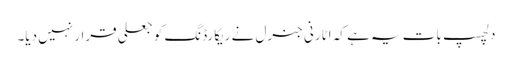
دلچسپ بات یہ ہے کہ اٹارنی جنرل نے ریکارڈنگ کو جعلی قرار نہیں دیا۔